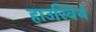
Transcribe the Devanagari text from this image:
हाउस्विर्थ